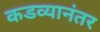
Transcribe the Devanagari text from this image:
कडव्यानंतर